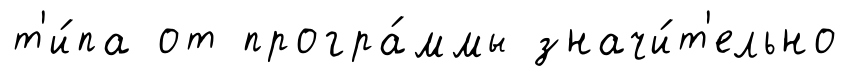
т'и́па от програ́ммы значи́т'ельно